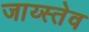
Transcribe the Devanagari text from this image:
जाय्स्तेव